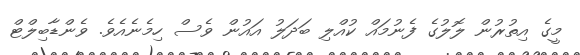
މީގެ އިތުރުން ލޮލުގެ ފެނުމައް ކުއްލި ބަދަލު އައުން ވެސް ހިމެނެއެވެ. ވެންޑާބިލްޓް